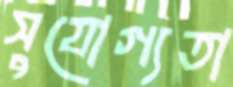
সুযোগ্যতা